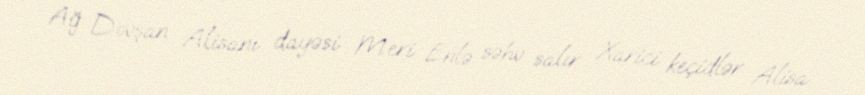
Ağ Dovşan Alisanı dayəsi Meri Enlə səhv salır... Xarici keçidlər Alisa